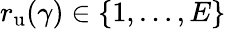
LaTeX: r_{\mathrm{u}}(\gamma)\in\left\{ 1,\ldots,E\right\}